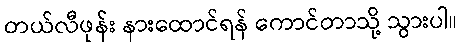
တယ်လီဖုန်း နားထောင်ရန် ကောင်တာသို့ သွားပါ။